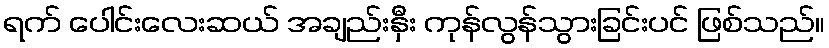
ရက် ပေါင်းလေးဆယ် အချည်းနှီး ကုန်လွန်သွားခြင်းပင် ဖြစ်သည်။